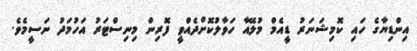
އިންޑިޔާގެ ހައި ކޮމިޝަނަރު ޑީއެމް މުލޭއާ ހަވާލުކޮށްދެއްވީ ފޮރިން މިނިސްޓަރު އަހުމަދު ނަސީމެވެ.